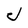
Character: J